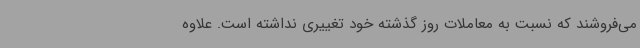
می‌فروشند که نسبت به معاملات روز گذشته خود تغییری نداشته است. علاوه